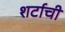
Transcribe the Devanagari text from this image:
शर्टाची